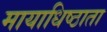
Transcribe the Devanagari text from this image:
मायाधिष्ठाता